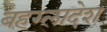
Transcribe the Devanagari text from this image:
बहग्लादेश